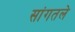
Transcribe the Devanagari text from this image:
सांगतले